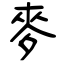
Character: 麥